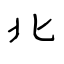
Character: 北